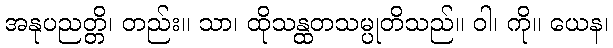
အနုပညတ္တိ၊ တည်း။ သာ၊ ထိုသန္ထတသမ္ပုတိသည်။ ဝါ၊ ကို။ ယေန၊